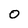
Character: 0